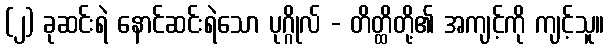
(၂) ခုဆင်းရဲ နောင်ဆင်းရဲသော ပုဂ္ဂိုလ် - တိတ္ထိတို့၏ အကျင့်ကို ကျင့်သူ။